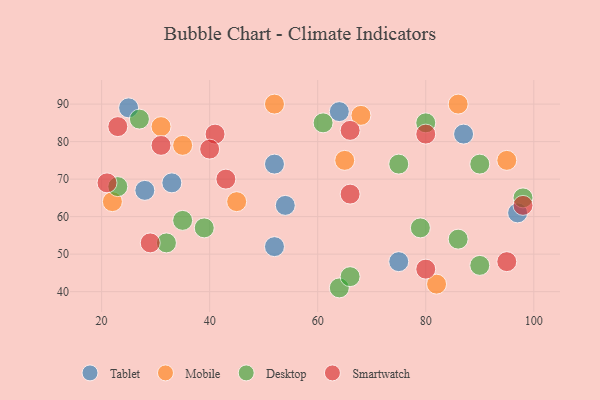
{"axis": {"x": "GDP", "y": "Life Expectancy"}, "legend": ["Desktop", "Mobile", "Smartwatch", "Tablet"], "data": [{"x": "52", "y": 52, "type": "Tablet"}, {"x": "97", "y": 61, "type": "Tablet"}, {"x": "52", "y": 74, "type": "Tablet"}, {"x": "25", "y": 89, "type": "Tablet"}, {"x": "87", "y": 82, "type": "Tablet"}, {"x": "54", "y": 63, "type": "Tablet"}, {"x": "64", "y": 88, "type": "Tablet"}, {"x": "75", "y": 48, "type": "Tablet"}, {"x": "28", "y": 67, "type": "Tablet"}, {"x": "33", "y": 69, "type": "Tablet"}, {"x": "35", "y": 79, "type": "Mobile"}, {"x": "22", "y": 64, "type": "Mobile"}, {"x": "86", "y": 90, "type": "Mobile"}, {"x": "68", "y": 87, "type": "Mobile"}, {"x": "95", "y": 75, "type": "Mobile"}, {"x": "31", "y": 84, "type": "Mobile"}, {"x": "82", "y": 42, "type": "Mobile"}, {"x": "65", "y": 75, "type": "Mobile"}, {"x": "45", "y": 64, "type": "Mobile"}, {"x": "52", "y": 90, "type": "Mobile"}, {"x": "79", "y": 57, "type": "Desktop"}, {"x": "35", "y": 59, "type": "Desktop"}, {"x": "64", "y": 41, "type": "Desktop"}, {"x": "86", "y": 54, "type": "Desktop"}, {"x": "39", "y": 57, "type": "Desktop"}, {"x": "32", "y": 53, "type": "Desktop"}, {"x": "23", "y": 68, "type": "Desktop"}, {"x": "75", "y": 74, "type": "Desktop"}, {"x": "61", "y": 85, "type": "Desktop"}, {"x": "80", "y": 85, "type": "Desktop"}, {"x": "90", "y": 47, "type": "Desktop"}, {"x": "90", "y": 74, "type": "Desktop"}, {"x": "66", "y": 44, "type": "Desktop"}, {"x": "27", "y": 86, "type": "Desktop"}, {"x": "98", "y": 65, "type": "Desktop"}, {"x": "95", "y": 48, "type": "Smartwatch"}, {"x": "23", "y": 84, "type": "Smartwatch"}, {"x": "66", "y": 83, "type": "Smartwatch"}, {"x": "21", "y": 69, "type": "Smartwatch"}, {"x": "41", "y": 82, "type": "Smartwatch"}, {"x": "80", "y": 82, "type": "Smartwatch"}, {"x": "29", "y": 53, "type": "Smartwatch"}, {"x": "98", "y": 63, "type": "Smartwatch"}, {"x": "31", "y": 79, "type": "Smartwatch"}, {"x": "80", "y": 46, "type": "Smartwatch"}, {"x": "66", "y": 66, "type": "Smartwatch"}, {"x": "40", "y": 78, "type": "Smartwatch"}, {"x": "43", "y": 70, "type": "Smartwatch"}]}